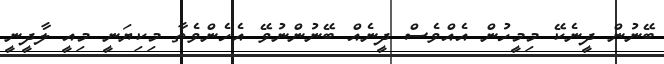
ބޭނުން ދީނެކޭ މިމީހުން އެއްވެސް ދީނެއް ބޭނުންނުވޭ އެހެންވެތާ މިކިޔަނީ މިއީ ލާދީނީ